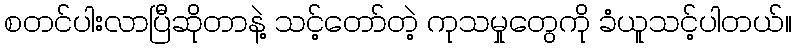
စတင်ပါးလာပြီဆိုတာနဲ့ သင့်တော်တဲ့ ကုသမှုတွေကို ခံယူသင့်ပါတယ်။